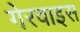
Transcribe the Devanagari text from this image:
गेरवाइस